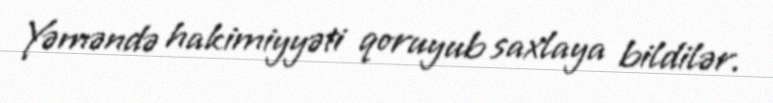
Yəməndə hakimiyyəti qoruyub saxlaya bildilər.